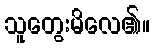
သူတွေးမိလေ၏။